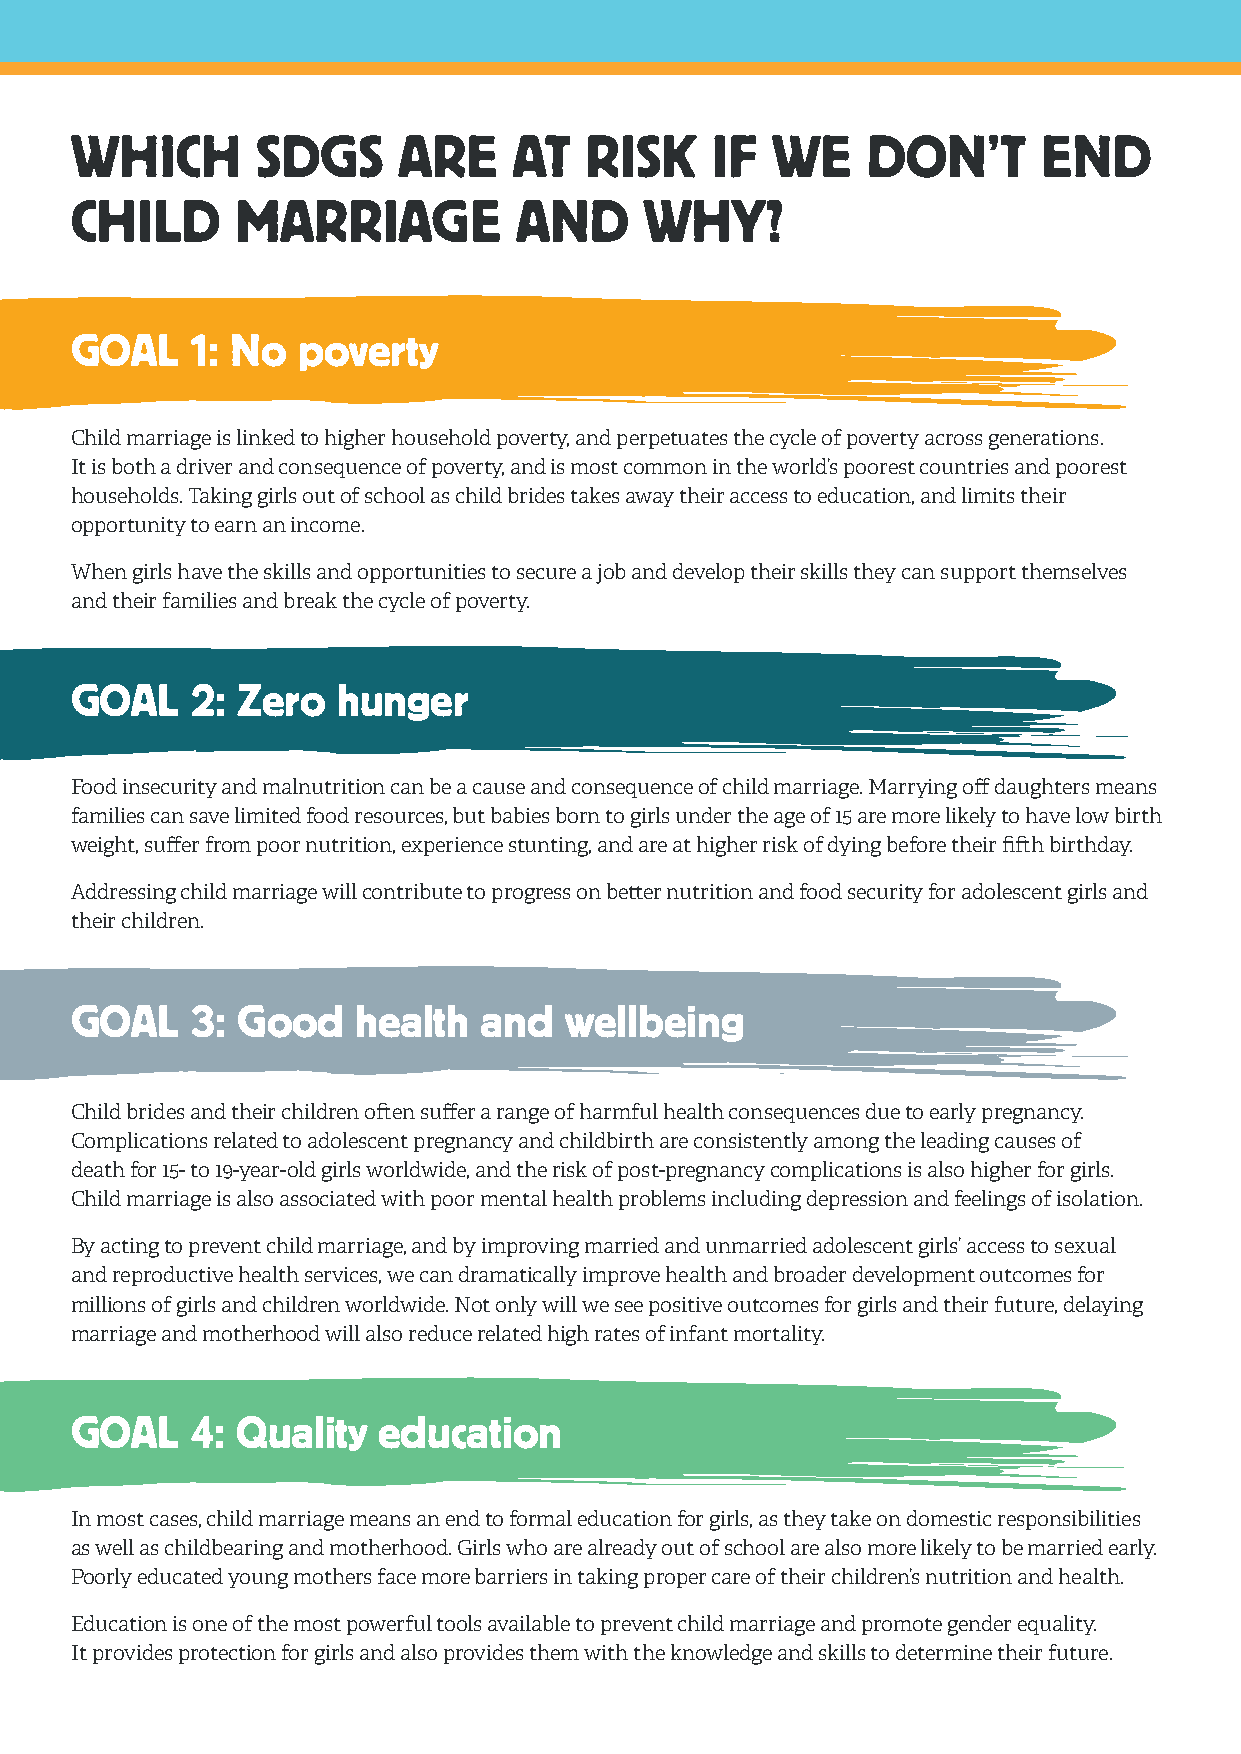
WHICH       SDGS     ARE     AT   RISK    IF  WE    DON’T       END
 CHILD      MARRIAGE          AND      WHY?
 GOAL    1: No  poverty
 Child marriage is linked to higher household poverty, and perpetuates the cycle of poverty across generations.
 It is both a driver and consequence of poverty, and is most common in the world’s poorest countries and poorest
 households. Taking girls out of school as child brides takes away their access to education, and limits their
 opportunity to earn an income.
 When girls have the skills and opportunities to secure a job and develop their skills they can support themselves
 and their families and break the cycle of poverty.
 GOAL    2: Zero  hunger
 Food insecurity and malnutrition can be a cause and consequence of child marriage. Marrying off daughters means
 families can save limited food resources, but babies born to girls under the age of 15 are more likely to have low birth
 weight, suffer from poor nutrition, experience stunting, and are at higher risk of dying before their fifth birthday.
 Addressing child marriage will contribute to progress on better nutrition and food security for adolescent girls and
 their children.
 GOAL    3: Good    health  and  wellbeing
 Child brides and their children often suffer a range of harmful health consequences due to early pregnancy.
 Complications related to adolescent pregnancy and childbirth are consistently among the leading causes of
 death for 15- to 19-year-old girls worldwide, and the risk of post-pregnancy complications is also higher for girls.
 Child marriage is also associated with poor mental health problems including depression and feelings of isolation.
 By acting to prevent child marriage, and by improving married and unmarried adolescent girls’ access to sexual
 and reproductive health services, we can dramatically improve health and broader development outcomes for
 millions of girls and children worldwide. Not only will we see positive outcomes for girls and their future, delaying
 marriage and motherhood will also reduce related high rates of infant mortality.
 GOAL    4: Quality  education
 In most cases, child marriage means an end to formal education for girls, as they take on domestic responsibilities
 as well as childbearing and motherhood. Girls who are already out of school are also more likely to be married early.
 Poorly educated young mothers face more barriers in taking proper care of their children’s nutrition and health.
 Education is one of the most powerful tools available to prevent child marriage and promote gender equality.
 It provides protection for girls and also provides them with the knowledge and skills to determine their future.